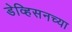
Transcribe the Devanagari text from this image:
डेव्हिसनच्या